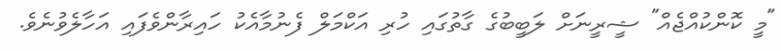
"މީ ކޮންކުއްޖެއް" ޝީރީނަށް ލަބީބުގެ ގާތުގައި ހުރި އަކްމަލް ފެނުމާއެކު ހައިރާންވެފައި އަހާލެވުނެވެ.